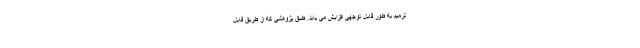
ترمیم به طور قابل توجهی افزایش می یابد. طبق پژوهشی که از طریق قابل